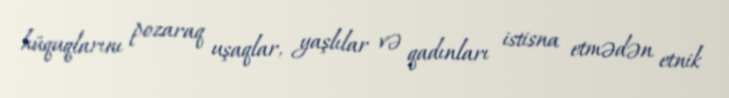
hüquqlarını pozaraq uşaqlar, yaşlılar və qadınları istisna etmədən etnik